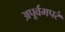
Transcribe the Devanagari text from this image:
अपूर्वमपरं